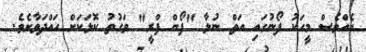
އެއްވެސް މީހަކު ފޯނުގައި އަތް ނުލާ "ފޯން ފްރީ" ވަގުތު ކޮޅަކަށް ހައްދަވާށެވެ.